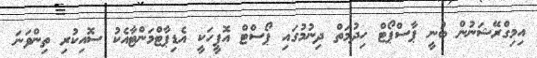
އިމިގްރޭޝަނުން ބުނީ ޕާސްޕޯޓް ހިދުމަތް ދިނުމުގައި ޕޯސްޓް އޮފީހަކީ އެޑިޕާޓްމަންޓާއެކު ސޮއިކުރި ތިންވަނަ